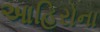
આહિરોના